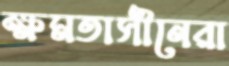
ক্ষমতাসীনেরা